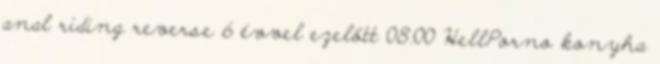
anal riding reverse 6 évvel ezelőtt 08:00 HellPorno konyha